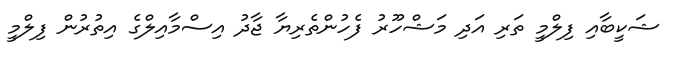
ޝަކީބާއި ފިލްމީ ތަރި އަދި މަޝްހޫރު ފެހުންތެރިޔާ ޖާދު އިސްމާއިލްގެ އިތުރުން ފިލްމީ